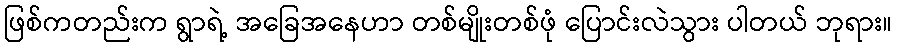
ဖြစ်ကတည်းက ရွာရဲ့ အခြေအနေဟာ တစ်မျိုးတစ်ဖုံ ပြောင်းလဲသွား ပါတယ် ဘုရား။